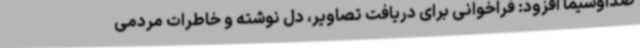
صداوسیما افزود: فراخوانی برای دریافت تصاویر، دل نوشته و خاطرات مردمی